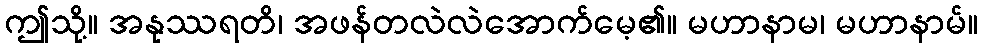
ဤသို့။ အနုဿရတိ၊ အဖန်တလဲလဲအောက်မေ့၏။ မဟာနာမ၊ မဟာနာမ်။